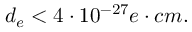
d _ { e } < 4 \cdot 1 0 ^ { - 2 7 } e \cdot c m .